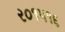
ર૦૧પ૧૬